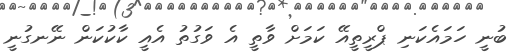
ބުނީ ހަމައެކަނި ޕްރީތީއޭ ކަމަށް ވާތީ އެ ވަގުތު އެއީ ކާކުކަން ނޭނގުނީ